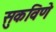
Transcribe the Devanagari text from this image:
सुकविणे